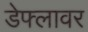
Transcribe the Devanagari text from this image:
डेफ्लावर